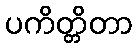
ပကိတ္တိတာ